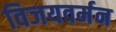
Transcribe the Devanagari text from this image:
विजयवर्मन